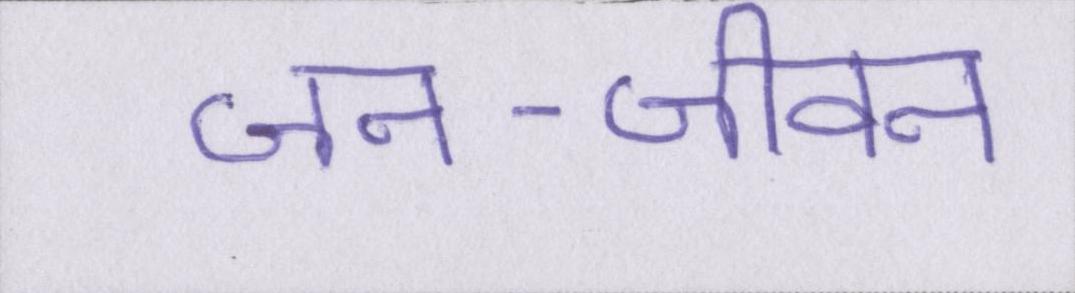
जन-जीवन